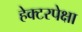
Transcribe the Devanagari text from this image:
हेक्टरपेक्षा